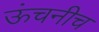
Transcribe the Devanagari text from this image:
ऊंचनीच